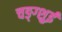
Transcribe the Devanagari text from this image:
चङ्ग्शुई